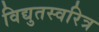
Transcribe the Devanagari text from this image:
विद्युतस्वरित्र